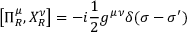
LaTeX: \left[ \Pi _ { R } ^ { \mu } , X _ { R } ^ { \nu } \right] = - i \frac 1 2 g ^ { \mu \nu } \delta ( \sigma - \sigma ^ { \prime } )